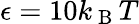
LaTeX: \epsilon=10k_{\mathrm{~B~}}T